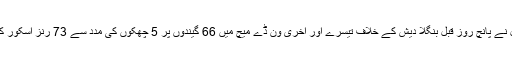
تفصیلات کے مطابق ویسٹ انڈیز (ون ڈیز) کی کرکٹ ٹیم کے اوپننگ بلے باز کرس گیل نے پانچ روز قبل بنگلا دیش کے خلاف تیسرے اور آخری ون ڈے میچ میں 66 گیندوں پر 5 چھکوں کی مدد سے 73 رنز اسکور کیے اور انہوں نے اب سب سے زیادہ چھکے مار کر شاہد آفریدی کا ریکارڈ برابر کردیا۔